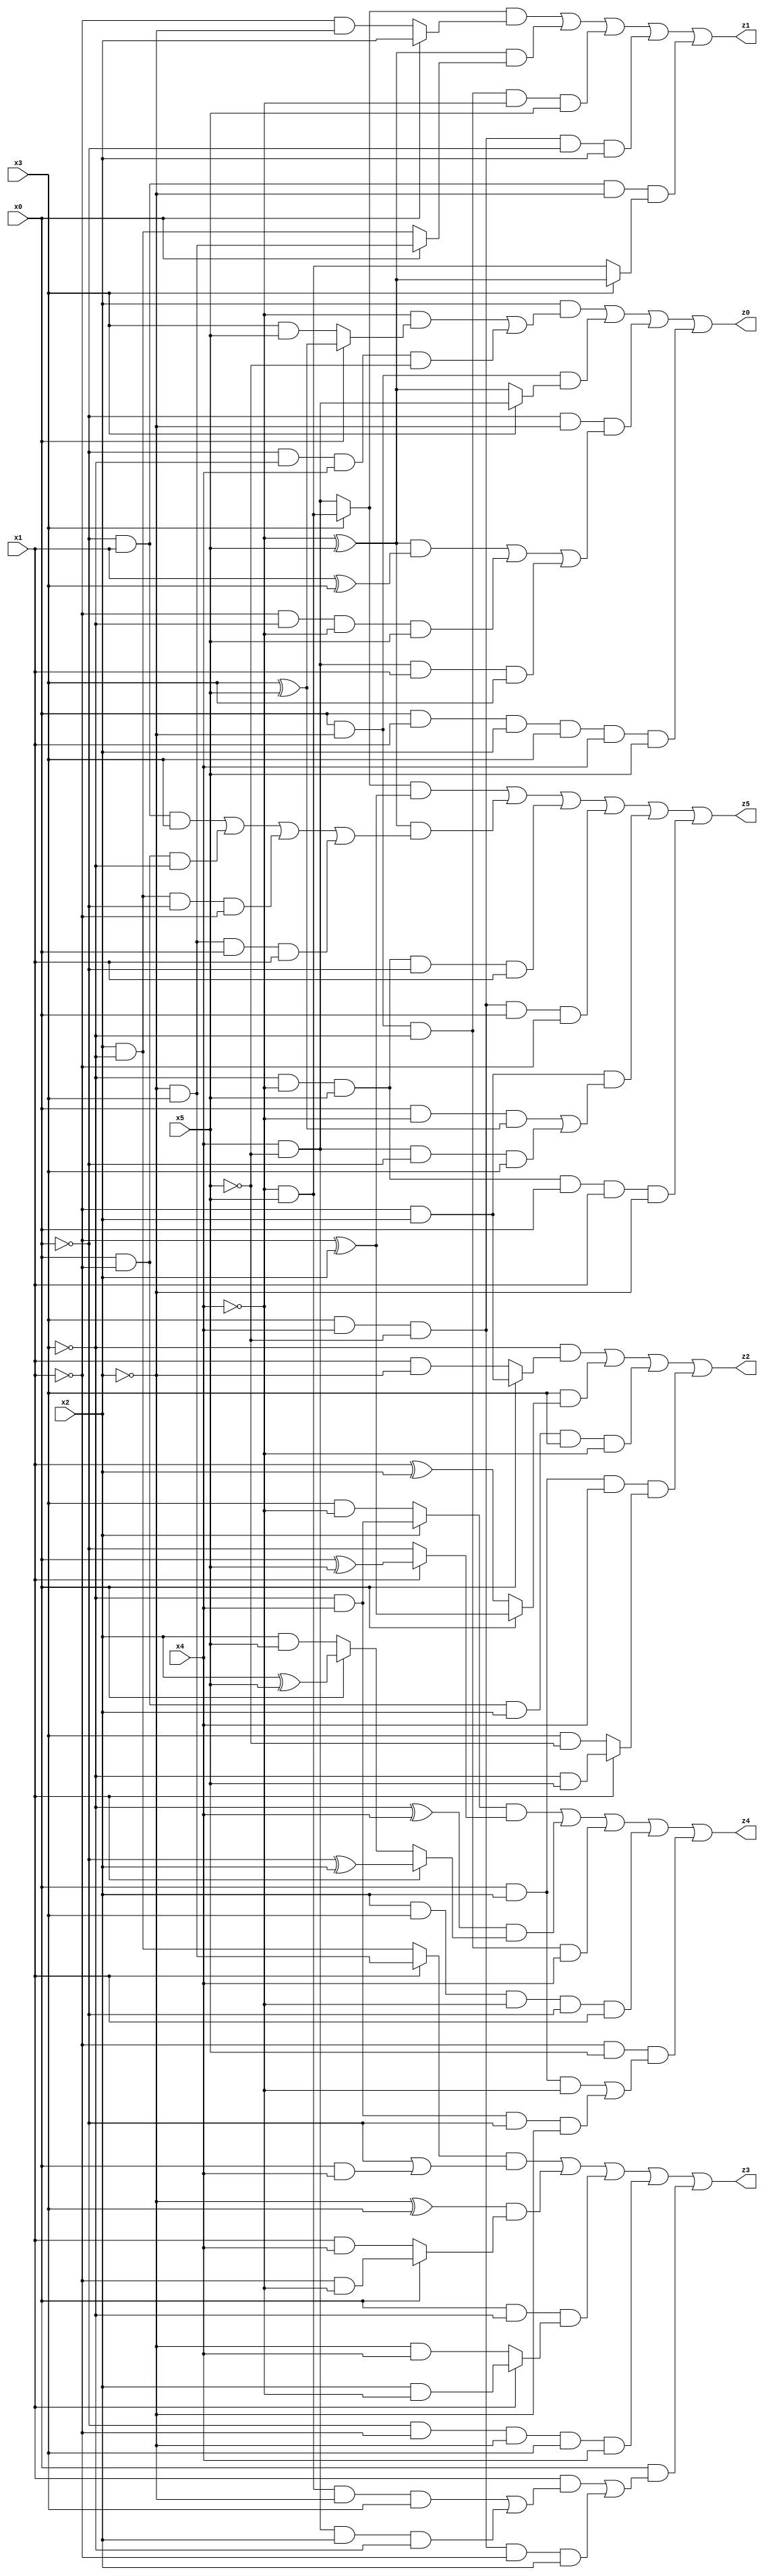
// Benchmark "X_21" written by ABC on Thu Jun 29 04:06:24 2023

module X_21 ( 
    x0, x1, x2, x3, x4, x5,
    z0, z1, z2, z3, z4, z5  );
  input  x0, x1, x2, x3, x4, x5;
  output z0, z1, z2, z3, z4, z5;
  assign z0 = (x2 & ((~x4 & (x0 ? (x3 ^ x5) : (x3 & x5))) | (~x0 & ~x3 & x4 & ~x5))) | (x0 & ~x2 & (x3 ? (x4 & ~x5) : (~x4 ^ x5))) | (~x0 & ~x2 & (((~x4 ^ x5) & (x1 ^ x3)) | (~x1 & ~x3 & ~x4 & x5) | (x4 & ~x5 & x1 & x3))) | (x0 & x1 & x2 & x3 & x4 & x5);
  assign z1 = ((x3 ? (~x4 & x5) : (x4 & ~x5)) & (x0 ? x2 : (~x1 & ~x2))) | ((~x4 ^ x5) & (x0 ? (~x2 & x3) : (x2 & ~x3))) | (x0 & ~x2 & ~x3 & ~x4 & x5) | (x3 & x4 & ~x5 & ~x0 & x2) | (~x0 & x1 & ~x2 & (x3 ? (~x4 ^ x5) : (~x4 & x5)));
  assign z2 = (~x3 & (x0 ? (~x1 & x2) : (x1 & ~x2))) | (x3 & (x0 ? (~x1 ^ x2) : (x1 ^ x2))) | (x0 & ~x1 & x2 & x3 & ~x4) | (x0 & x2 & x4 & (x1 ? (~x3 & x5) : (x3 & ~x5)));
  assign z3 = ((x1 ? (~x2 & x3) : (x2 & ~x3)) & (~x0 | (x0 & x4))) | ((~x2 ^ x3) & (x0 ? (~x1 & ~x4) : (x1 & x4))) | (x0 & ~x3 & (x1 ? (x2 & ~x4) : (~x2 & x4))) | (~x0 & ~x1 & ~x2 & x3 & x4) | (x0 & ((x1 & ((~x4 & x5 & ~x2 & x3) | (x4 & ~x5 & x2 & ~x3))) | (x3 & x4 & ~x5 & ~x1 & x2)));
  assign z4 = ((x2 ? (~x3 & x4) : (x3 & ~x4)) & (x1 ? (x0 ^ x5) : ~x0)) | ((~x3 ^ x4) & (x1 ? (~x0 ^ x2) : (x0 ? (x2 ^ x5) : (x2 & x5)))) | (x0 & ~x2 & ~x3 & x4) | (x2 & x3 & ~x4 & ~x0 & x1) | (~x1 & x5 & ((x0 & x2 & ~x4) | (~x3 & x4 & ~x0 & ~x2)));
  assign z5 = ((x3 ? (~x4 & x5) : (x4 & ~x5)) & (~x1 ^ x2)) | ((~x4 ^ x5) & ((~x0 & x1 & x3) | (x0 & ~x1 & ~x3) | (x2 & ~x3 & ~x0 & ~x1) | (~x2 & x3 & x0 & x1))) | (~x3 & ~x4 & x5 & ~x0 & x1) | (x3 & x4 & ~x5 & x0 & ~x1) | (~x1 & x2 & ((x0 & ~x4 & (x3 ^ x5)) | (x4 & ~x5 & ~x0 & x3))) | (~x3 & ~x4 & x5 & x0 & x1 & ~x2);
endmodule